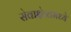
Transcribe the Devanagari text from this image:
सेवाक्षेत्रामध्ये